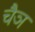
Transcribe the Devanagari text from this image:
चैञ